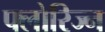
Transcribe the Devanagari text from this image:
फ्लोरिज्न